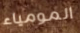
المومياء